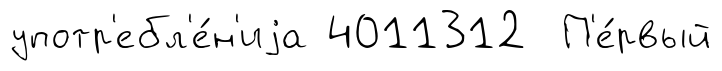
употр'ебл'е́н'иjа 4011312 П'е́рвый